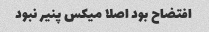
افتضاح بود اصلا میکس پنیر نبود